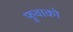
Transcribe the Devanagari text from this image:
फुवाको